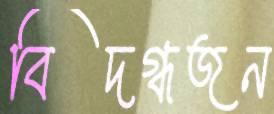
বিদগ্ধজন